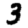
Digit: 3